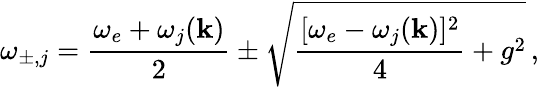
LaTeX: \omega_{\pm,j}=\frac{\omega_{e}+\omega_{j}(\mathbf k)}{2}\pm\sqrt{\frac{[\omega_{e}-\omega_{j}(\mathbf k)]^{2}}{4}+g^{2}}\, ,